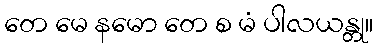
တေ မေ နမော တေ စ မံ ပါလယန္တု။